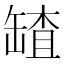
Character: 𦉆